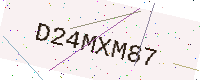
Text: D24MXM87